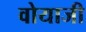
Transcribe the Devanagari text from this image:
वोयाजी